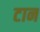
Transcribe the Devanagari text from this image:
टान